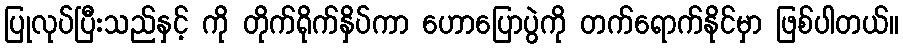
ပြုလုပ်ပြီးသည်နှင့် ကို တိုက်ရိုက်နှိပ်ကာ ဟောပြောပွဲကို တက်ရောက်နိုင်မှာ ဖြစ်ပါတယ်။